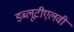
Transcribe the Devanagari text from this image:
डब्लूटीएलवी